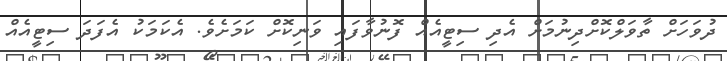
ދުވަހަށް ތާވަލްކޮށްދިނުމަށް އެދި ސިޓީއެއް ފޮނުވާފައި ވަނިކޮށް ކަމަށެވެ. އެކަމަކު އެފަދަ ސިޓީއެއް